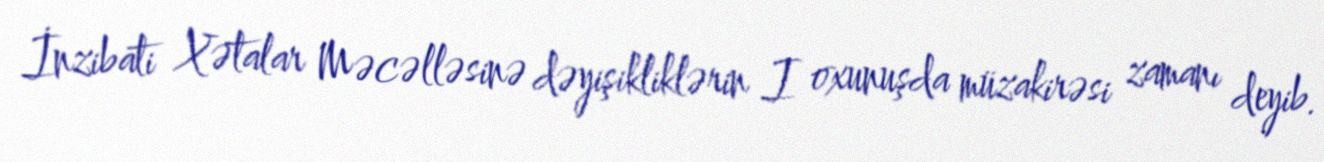
İnzibati Xətalar Məcəlləsinə dəyişikliklərin I oxunuşda müzakirəsi zamanı deyib.